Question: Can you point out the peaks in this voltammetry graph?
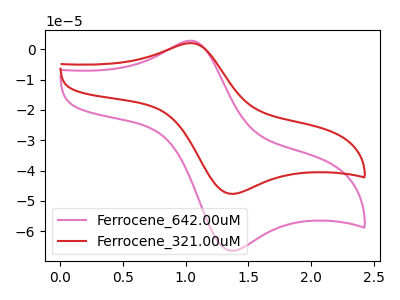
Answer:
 <answer>The pink curve "Ferrocene_642.00uM" has an anodic peak at (1.05V, 2.85uA) and a cathodic peak at (1.40V, -66.40uA). The red curve "Ferrocene_321.00uM" has an anodic peak at (1.05V, 2.05uA) and a cathodic peak at (1.40V, -47.65uA).</answer>
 <eval></eval>